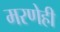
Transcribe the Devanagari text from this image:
मरणेही